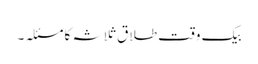
بیک وقت طلاق ثلاثہ کا مسئلہ ۔